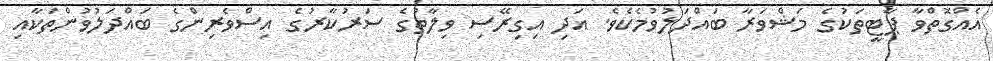
އެއްގޮތްވާ ޕާޓީތަކުގެ މަޝްވަރާ ބައްދަލުވުމެކެވެ. އަދި އިގިރޭސި ވިލާތުގެ ސަރުކާރުގެ އިސްވެރިންގެ ބައްދަލުވުންތަކާއި